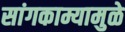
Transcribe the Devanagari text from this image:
सांगकाम्यामुळे